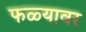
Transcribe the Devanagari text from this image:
फळ्यावर